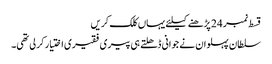
قسط نمبر 24 پڑھنے کیلئے یہاں کلک کریں
سلطان پہلوان نے جوانی ڈھلتے ہی پیری فقیری اختیار کر لی تھی۔